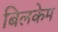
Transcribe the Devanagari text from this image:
बिलकेम